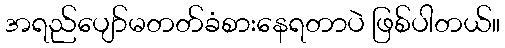
အရည်ပျော်မတတ်ခံစားနေရတာပဲ ဖြစ်ပါတယ်။